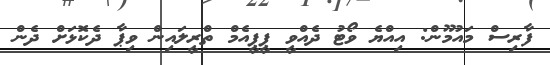
ފާރިސް މައުމޫން: އިއްޔެ ވޯޓު ދެއްވީ ޕީޕީއެމް ތްރީލައިން ވިޕާ ދެކޮޅަށް ދެން